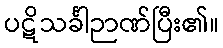
ပဋိသင်္ခါဉာဏ်ပြီး၏။